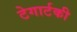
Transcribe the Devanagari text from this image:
टेगार्टकी